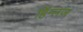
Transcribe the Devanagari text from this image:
हिंग्लज